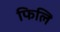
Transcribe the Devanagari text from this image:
फिलि